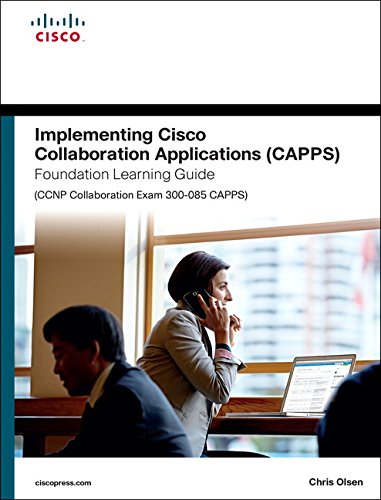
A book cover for Implementing Cisco Collaboration Applications (CAPPS) Foundation Learning Guide (CCNP Collaboration Exam 300-085 CAPPS) (Foundation Learning Guides); Chris Olsen; Computers & Technology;